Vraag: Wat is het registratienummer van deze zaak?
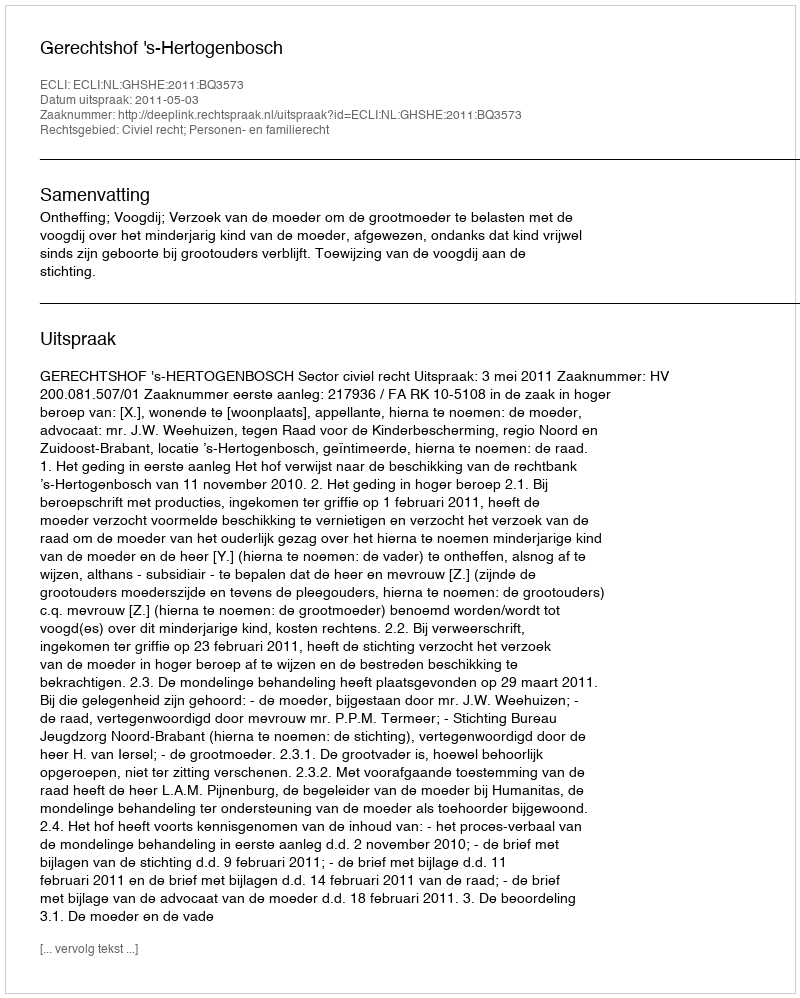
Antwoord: http://deeplink.rechtspraak.nl/uitspraak?id=ECLI:NL:GHSHE:2011:BQ3573